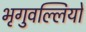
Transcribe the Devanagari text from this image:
भृगुवल्लियों